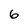
Character: 6